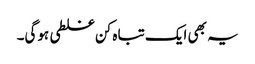
یہ بھی ایک تباہ کن غلطی ہوگی۔